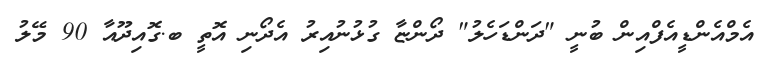
އެމްއެންޑީއެފްއިން ބުނީ "ދަންޑަހެލު" ދޯންޏާ ގުޅުނުއިރު އެދޯނި އޮތީ ބ.ގޮއިދޫއާ 90 މޭލު